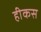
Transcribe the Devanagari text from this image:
हीकस